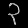
Digit: ၃